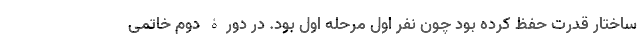
ساختار قدرت حفظ کرده بود چون نفر اول مرحله اول بود. در دورۀ دوم خاتمی